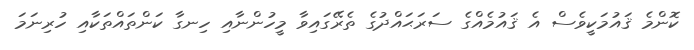
ކޮންމެ ޤައުމަކީވެސް އެ ޤައުމެއްގެ ސަރަޙައްދުގެ ތެރޭގައިވާ މީހުންނާއި ހިނގާ ކަންތައްތަކާއި ހުރިނަމަ